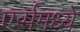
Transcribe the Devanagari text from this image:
एर्समध्ये